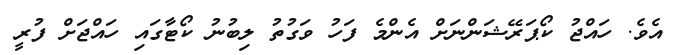
އެވެ. ހައްޖު ކޯޕަރޭޝަންނަށް އެންމެ ފަހު ވަގުތު ލިބުނު ކޯޓާގައި ހައްޖަށް ފުރީ